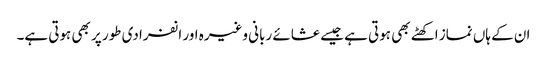
ان کے ہاں نماز اکھٹے بھی ہوتی ہے جیسے عشائے ربانی وغیرہ اور انفرادی طور پر بھی ہوتی ہے۔